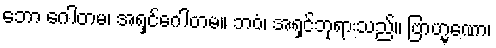
ဘော ဂေါတမ၊ အရှင်ဂေါတမ။ ဘဝံ၊ အရှင်ဘုရားသည်။ ဗြာဟ္မဏော၊